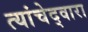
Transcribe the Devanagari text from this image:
त्यांचेद्वारा